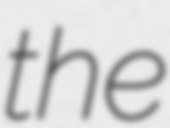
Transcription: the